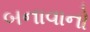
બનાવાનો